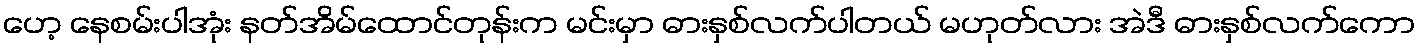
ဟေ့ နေစမ်းပါအုံး နတ်အိမ်ထောင်တုန်းက မင်းမှာ ဓားနှစ်လက်ပါတယ် မဟုတ်လား အဲဒီ ဓားနှစ်လက်ကော